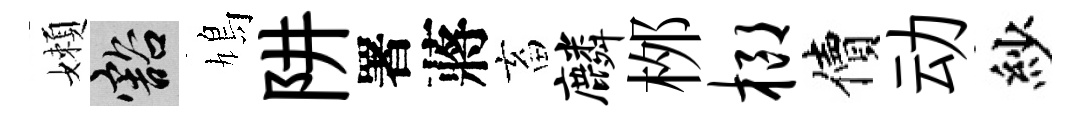
嬾豁鳩阱署蔣畜麟桞榔價动紗